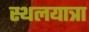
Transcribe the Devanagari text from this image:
स्थलयात्रा